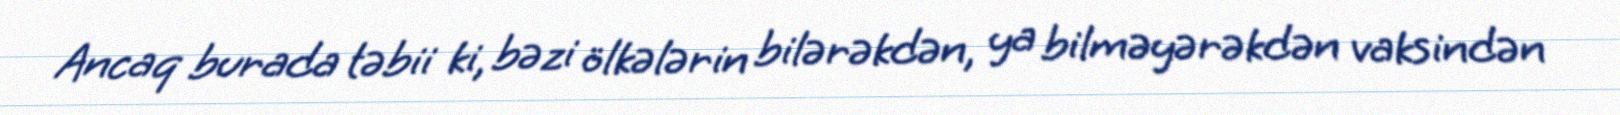
Ancaq burada təbii ki, bəzi ölkələrin bilərəkdən, ya bilməyərəkdən vaksindən